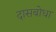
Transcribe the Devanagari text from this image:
दासबोधा